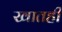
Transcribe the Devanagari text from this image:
खातही